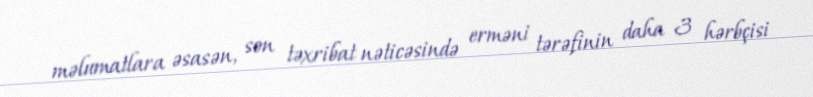
məlumatlara əsasən, son təxribat nəticəsində erməni tərəfinin daha 3 hərbçisi